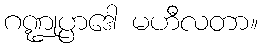
ဂဏ္ဍုပ္ပာဒေါ မဟီလတာ။